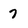
Character: 7